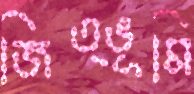
জিত্ভূমি